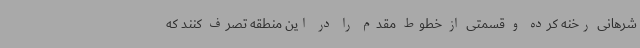
شرهانی رخنه کرده و قسمتی از خطوط مقدم را در این منطقه تصرف کنند که